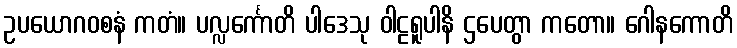
ဥပယောဂဝစနံ ကတံ။ ပလ္လင်္ကောတိ ပါဒေသု ဝါဠရူပါနိ ဌပေတွာ ကတော။ ဂေါနကောတိ